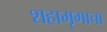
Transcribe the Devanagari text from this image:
शहामृगाचा